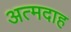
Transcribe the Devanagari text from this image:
अत्मदाह